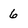
Character: 6